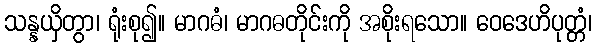
သန္နယှိတွာ၊ ရုံးစု၍။ မာဂဓံ၊ မာဂဓတိုင်းကို အစိုးရသော။ ဝေဒေဟိပုတ္တံ၊